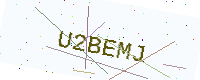
Text: U2BEMJ